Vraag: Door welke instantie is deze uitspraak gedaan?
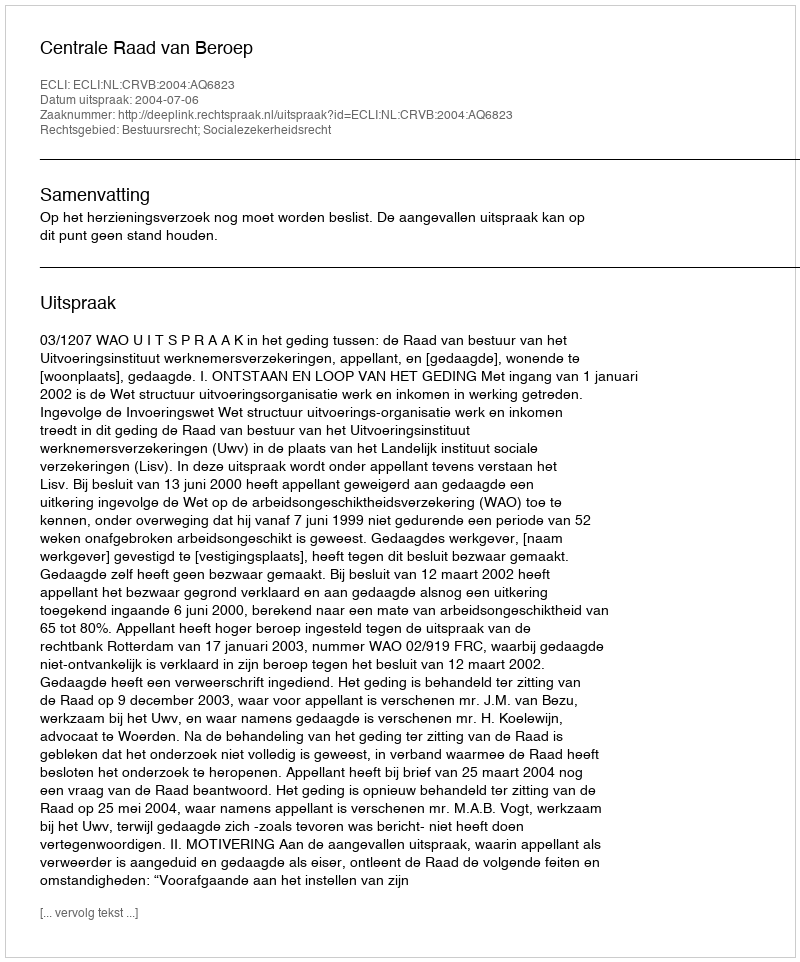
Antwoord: Centrale Raad van Beroep